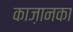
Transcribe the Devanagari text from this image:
काज़ानका